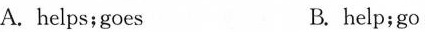
A. helps；goes B. help；go